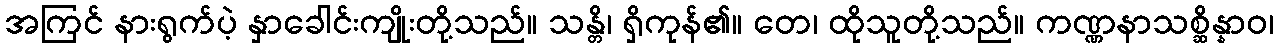
အကြင် နားရွက်ပဲ့ နှာခေါင်းကျိုးတို့သည်။ သန္တိ၊ ရှိကုန်၏။ တေ၊ ထိုသူတို့သည်။ ကဏ္ဏနာသစ္ဆိန္နာဝ၊